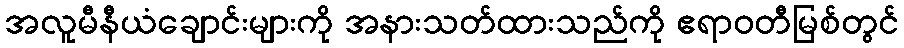
အလူမီနီယံချောင်းများကို အနားသတ်ထားသည်ကို ဧရာဝတီမြစ်တွင်